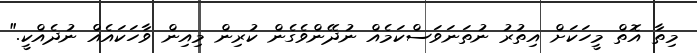
މިތާ އޮތް މީހަކަށް އިތުރު ނުތަނަވަސްކަމެއް ނުދޭންވެގެން ކުރިން މިއިން ވާހަކައެއް ނުދެއްކީ."